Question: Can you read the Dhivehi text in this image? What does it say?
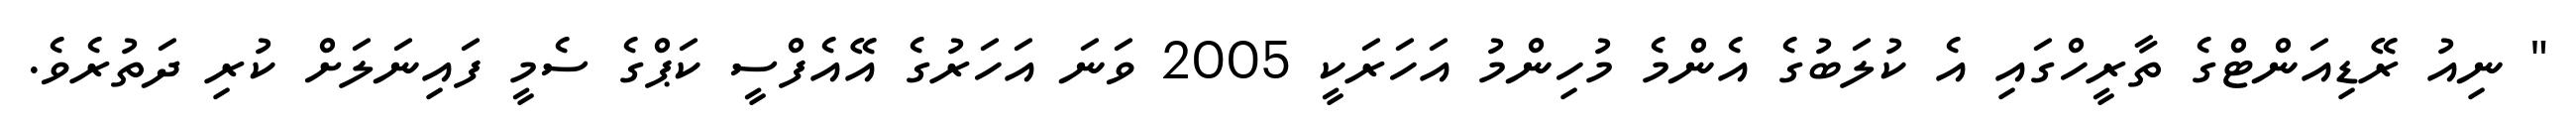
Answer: " ނިއު ރޭޑިއަންޓްގެ ތާރީހްގައި އެ ކުލަބުގެ އެންމެ މުހިންމު އަހަރަކީ 2005 ވަނަ އަހަރުގެ އޭއެފްސީ ކަޕްގެ ސެމީ ފައިނަލަށް ކުރި ދަތުރެވެ.